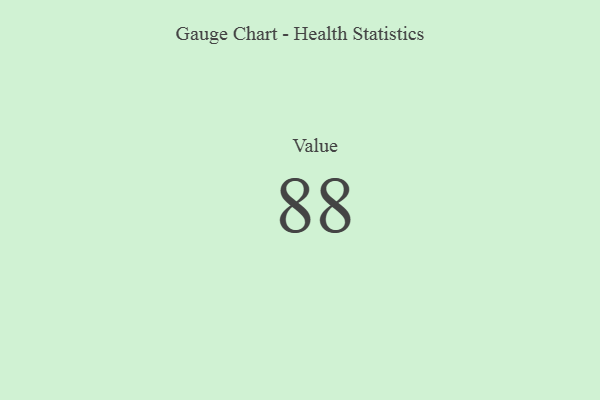
{"axis": {"x": "Metric", "y": "Value"}, "legend": [""], "data": [{"x": "Value", "y": 88, "type": ""}]}